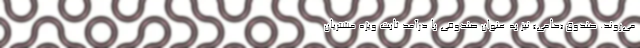
می‌روند. صندوق «حامی» نیز به عنوان صندوقی با درآمد ثابت ویژه مشتریان